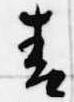
青